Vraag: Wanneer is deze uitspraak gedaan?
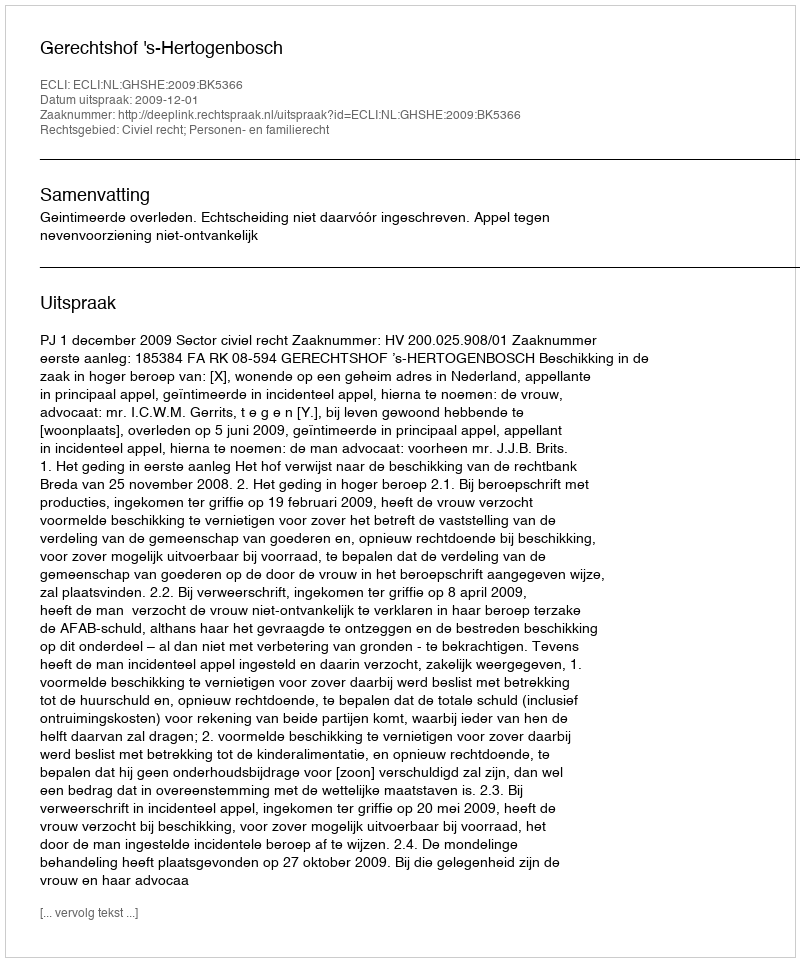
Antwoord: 2009-12-01